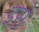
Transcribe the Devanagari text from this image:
इसे